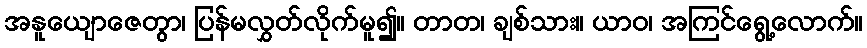
အနူယျောဇေတွာ၊ ပြန်မလွှတ်လိုက်မူ၍။ တာတ၊ ချစ်သား။ ယာဝ၊ အကြင်ရွေ့လောက်။